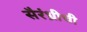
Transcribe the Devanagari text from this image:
सैरंध्रीची